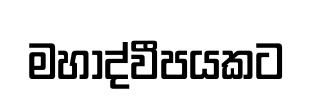
මහාද්වීපයකට